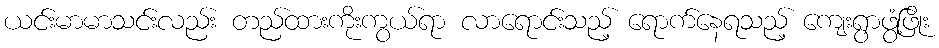
ယင်းမာမာသင်းလည်း တည်ထားကိုးကွယ်ရာ လာရောင်းသည့် ရောက်နေရသည့် ကျေးရွာဖွံ့ဖြိုး